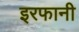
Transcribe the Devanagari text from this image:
इरफानी